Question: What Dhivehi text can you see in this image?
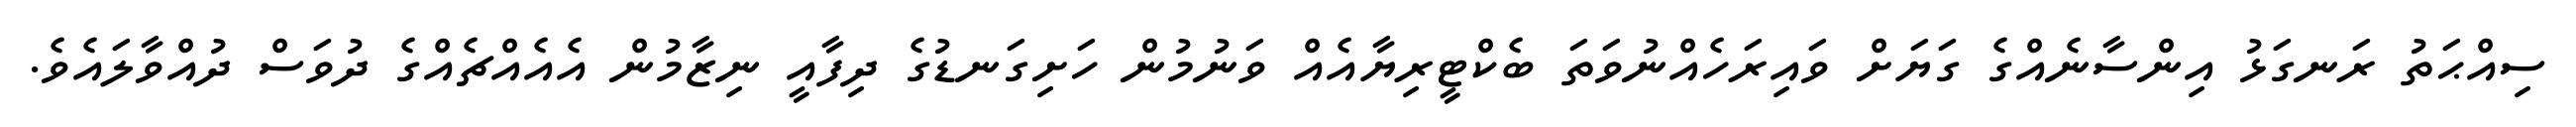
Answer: ސިއްޙަތު ރަނގަޅު އިންސާނެއްގެ ގަޔަށް ވައިރަހެއްނުވަތަ ބެކްޓީރިޔާއެއް ވަނުމުން ހަށިގަނޑުގެ ދިފާއީ ނިޒާމުން އެއެއްޗެއްގެ ދުވަސް ދުއްވާލައެވެ.